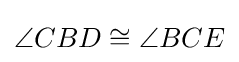
\angle CBD\cong \angle BCE